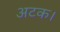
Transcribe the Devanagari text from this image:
अटक।